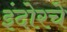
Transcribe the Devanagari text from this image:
इंदोरचे